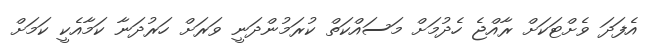
އެފަދަ ވެށްޓަކަށް ރާއްޖެ ހެދުމަށް މަސައްކަތް ކުރަމުންދަނީ ވަރަށް ހަރުދަނާ ކަމާއެކީ ކަމަށް